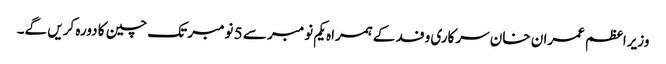
وزیراعظم عمران خان سرکاری وفد کے ہمراہ یکم نومبر سے 5 نومبر تک چین کا دورہ کریں گے۔